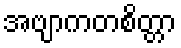
အဗျာကတစိတ္တာ